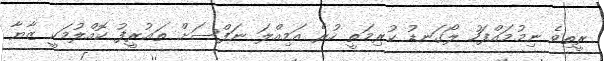
ރީތިވެ ނިމުމައްފަހު ލޯގަނޑު ކުރިމަތީ ހުރެ އަމިއްލަ ނަފްސަށް ތަޢުރީފު ކޮއްލުމަކީ ޒާޔާ